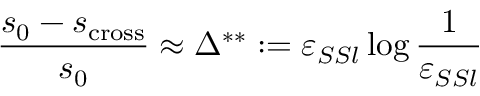
\frac { s _ { 0 } - s _ { \mathrm { c r o s s } } } { s _ { 0 } } \approx \Delta ^ { * * } : = \varepsilon _ { S S l } \log \frac { 1 } { \varepsilon _ { S S l } }